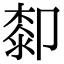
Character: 厀